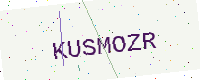
Text: KUSMOZR